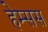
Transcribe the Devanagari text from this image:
हेम्सस